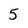
Character: 5